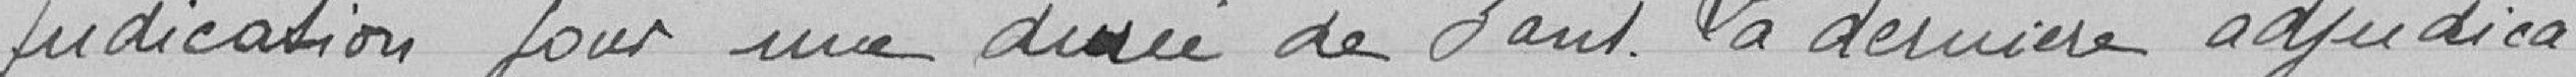
judication pour une durée de 3 ans. La dernière adjuca-